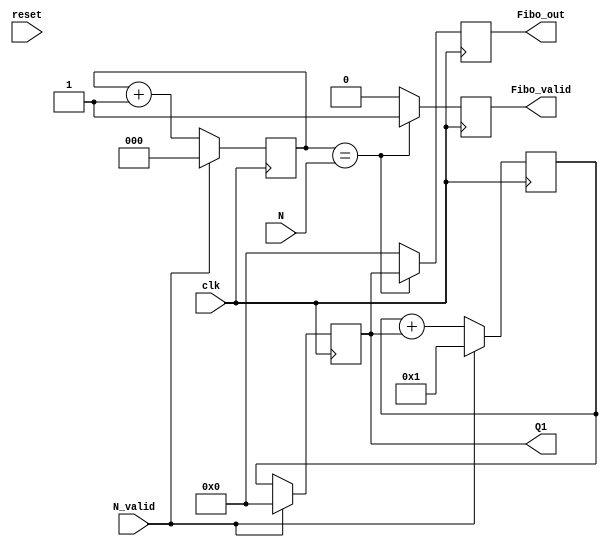
/*
Design a digital block to compute the Nth fiboncacci number (where N is the given
input number). Implement the design in Verilog and develop a simple test bench
to verify the design. Take input N to be 3-bits, allocate sufficient number of bits
for the output. Input and output busues will have qualifiers N valid and Fibo valid
respectively.
*/


module fib_n(
  input clk,
  input reset,
  input N_valid,
  input [2:0] N,
  output reg [15:0] Q1,
  output reg Fibo_valid,
  output reg [15:0] Fibo_out
);

reg  [15:0] Q0;
wire [15:0] D0;
reg [2:0] count;

assign D0 = Q0+Q1;

always @(posedge clk) begin

    if (N_valid) begin Q0 <= 1;  Q1 <= 0;  count <= 0; Fibo_valid <= 0; end
    else begin         Q0 <= D0; Q1 <= Q0; count <= count + 1; end

    if (count == N) begin  Fibo_valid <= 1;   Fibo_out <= Q1;  end
    else   begin           Fibo_valid <= 0;   Fibo_out <= 0;   end

end
endmodule
/*

always @(posedge clk or posedge reset) begin
  if (reset) begin
    Q0 <= 1; Q1 <= 0;
    end
  else begin
    Q0 <= D0; Q1 <= Q0;
    end
end
endmodule
*/